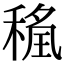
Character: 𮃖